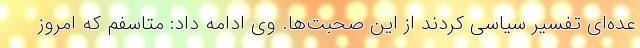
عده‌ای تفسیر سیاسی کردند از این صحبت‌ها. وی ادامه داد: متاسفم که امروز